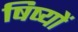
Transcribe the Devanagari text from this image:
षिष्यों